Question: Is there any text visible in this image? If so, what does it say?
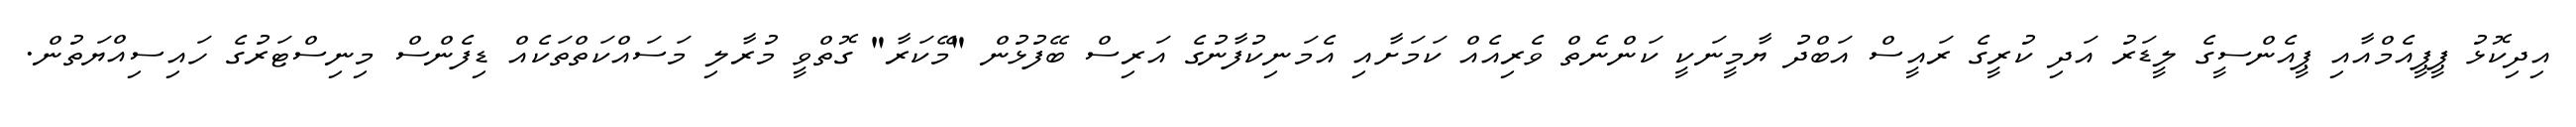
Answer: އިދިކޮޅު ޕީޕީއެމްއާއި ޕީއެންސީގެ ލީޑަރު އަދި ކުރީގެ ރައީސް އަބްދު ޔާމީނަކީ ކަންނެތް ވެރިއެއް ކަމަށާއި އެމަނިކުފާނުގެ އަރިސް ބޭފުޅުން "މޭކަރާ" ގޮތްވީ މުރާލި މަސައްކަތްތަކެއް ޑިފެންސް މިނިސްޓަރުގެ ހައިސިއްޔަތުން.